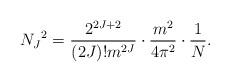
LaTeX: \begin{align*}N_J{}^2=\frac{2^{2J+2}}{(2J)!m^{2J}}\cdot\frac{m^2}{4\pi^2}\cdot\frac{1}{N}.\end{align*}